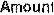
AMOUNT